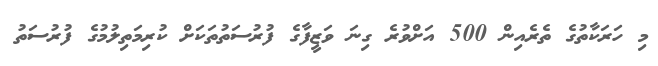
މި ހަރަކާތުގެ ތެރެއިން 500 އަށްވުރެ ގިނަ ވަޒީފާގެ ފުރުސަތުތަކަށް ކުރިމަތިލުމުގެ ފުރުސަތު